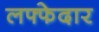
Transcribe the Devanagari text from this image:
लफ्फेदार